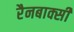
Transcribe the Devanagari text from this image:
रैनबाक्सी